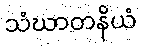
သံဃာတနိယံ